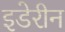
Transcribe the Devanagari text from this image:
इडेरीन